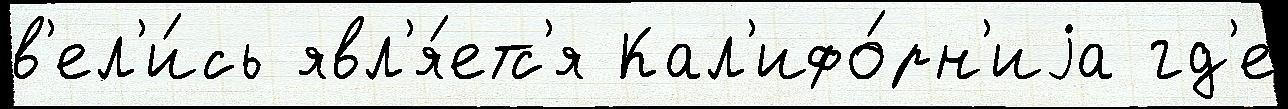
в'ел'и́сь явл'я́етс'я Кал'ифо́рн'иjа гд'е